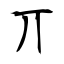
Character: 丌